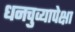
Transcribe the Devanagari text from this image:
धनचुव्यापेक्षा